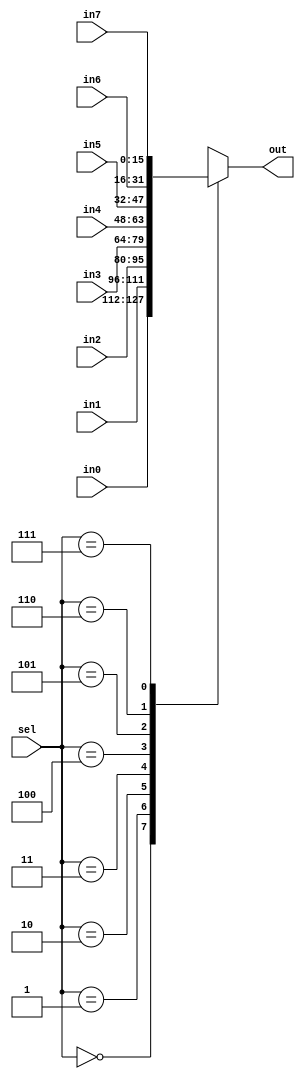
/*
 *  16-bit 8-way multiplexor
 *  Copyright (C) 2008-2010  Zeus Gomez Marmolejo <zeus@aluzina.org>
 *
 *  This file is part of the Zet processor. This processor is free
 *  hardware; you can redistribute it and/or modify it under the terms of
 *  the GNU General Public License as published by the Free Software
 *  Foundation; either version 3, or (at your option) any later version.
 *
 *  Zet is distrubuted in the hope that it will be useful, but WITHOUT
 *  ANY WARRANTY; without even the implied warranty of MERCHANTABILITY
 *  or FITNESS FOR A PARTICULAR PURPOSE. See the GNU General Public
 *  License for more details.
 *
 *  You should have received a copy of the GNU General Public License
 *  along with Zet; see the file COPYING. If not, see
 *  <http://www.gnu.org/licenses/>.
 */

module zet_mux8_16(sel, in0, in1, in2, in3, in4, in5, in6, in7, out);
  input  [2:0]  sel;
  input  [15:0] in0, in1, in2, in3, in4, in5, in6, in7;
  output [15:0] out;

  reg    [15:0] out;

  always @(sel or in0 or in1 or in2 or in3 or in4 or in5 or in6 or in7)
    case(sel)
     3'd0:  out = in0;
     3'd1:  out = in1;
     3'd2:  out = in2;
     3'd3:  out = in3;
     3'd4:  out = in4;
     3'd5:  out = in5;
     3'd6:  out = in6;
     3'd7:  out = in7;
    endcase
endmodule